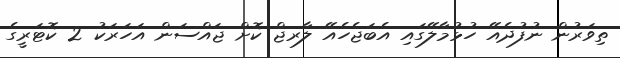
ތިވަރުން ނުފުދެއޭ ހުޅުމާލޭގައި އެބަޖެހެއޭ ލާރޖް ކޮށް ޖައްސަން އަހަރަކު 2 ކޮޓަރީގެ